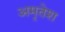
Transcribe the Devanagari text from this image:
अमृतेश